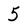
Character: 5